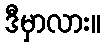
ဒီမှာလား။